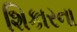
શિકારના